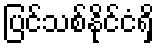
ပြင်သစ်နိုင်ငံရှိ